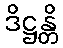
ဒိဋ္ဌန္တိ